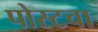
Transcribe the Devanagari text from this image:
पोस्टचा